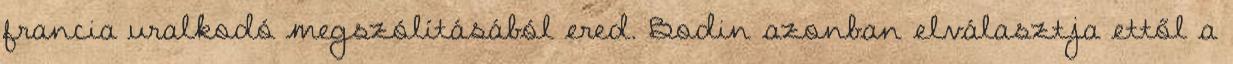
francia uralkodó megszólításából ered. Bodin azonban elválasztja ettől a